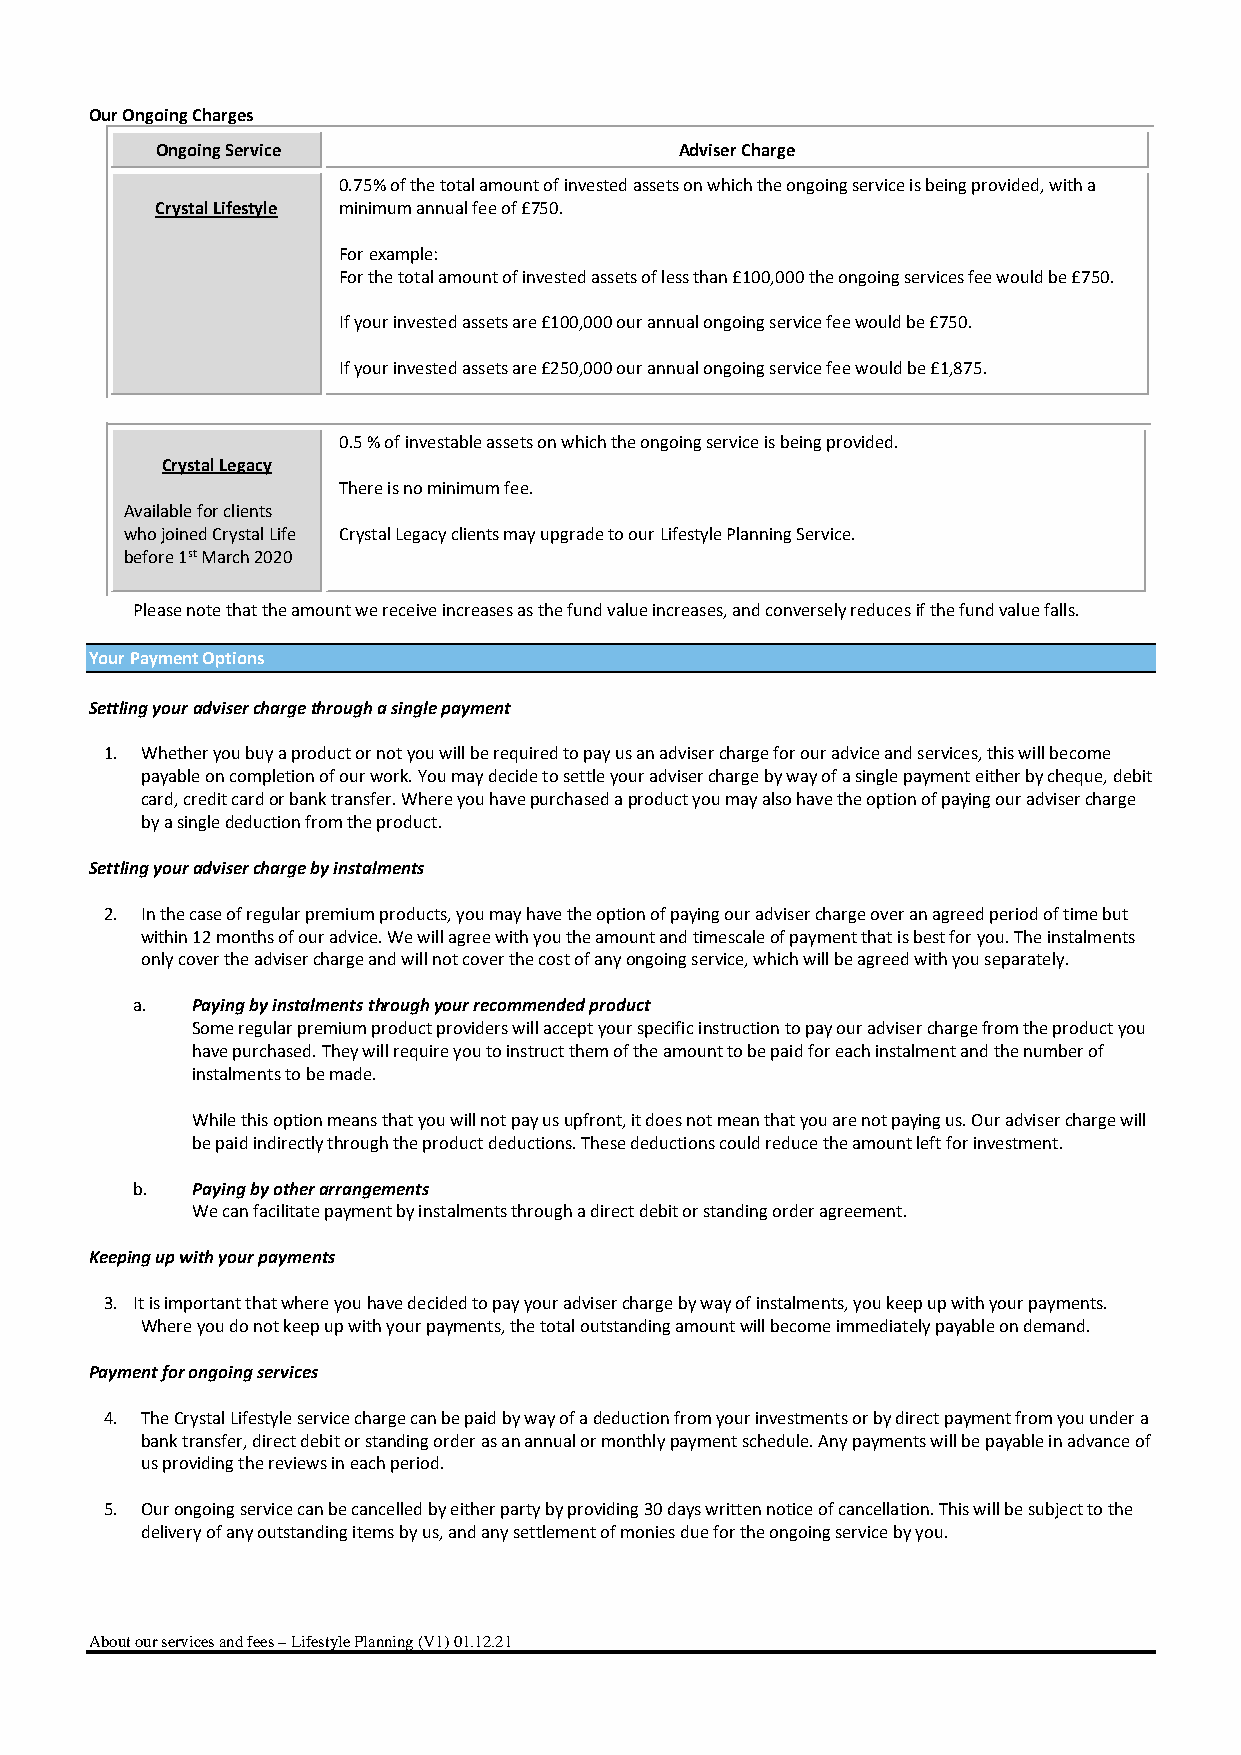
Our Ongoing Charges
 Ongoing Service                    Adviser Charge
 0.75% of the total amount of invested assets on which the ongoing service is being provided, with a
 Crystal Lifestyle minimum annual fee of £750.
 For example:
 For the total amount of invested assets of less than £100,000 the ongoing services fee would be £750.
 If your invested assets are £100,000 our annual ongoing service fee would be £750.
 If your invested assets are £250,000 our annual ongoing service fee would be £1,875.
 0.5 % of investable assets on which the ongoing service is being provided.
 Crystal Legacy
 There is no minimum fee.
 Available for clients
 who joined Crystal Life Crystal Legacy clients may upgrade to our Lifestyle Planning Service.
 before 1st March 2020
 Please note that the amount we receive increases as the fund value increases, and conversely reduces if the fund value falls.
 Your Payment Options
 Settling your adviser charge through a single payment
 1. Whether you buy a product or not you will be required to pay us an adviser charge for our advice and services, this will become
 payable on completion of our work. You may decide to settle your adviser charge by way of a single payment either by cheque, debit
 card, credit card or bank transfer. Where you have purchased a product you may also have the option of paying our adviser charge
 by a single deduction from the product.
 Settling your adviser charge by instalments
 2. In the case of regular premium products, you may have the option of paying our adviser charge over an agreed period of time but
 within 12 months of our advice. We will agree with you the amount and timescale of payment that is best for you. The instalments
 only cover the adviser charge and will not cover the cost of any ongoing service, which will be agreed with you separately.
 a.  Paying by instalments through your recommended product
 Some regular premium product providers will accept your specific instruction to pay our adviser charge from the product you
 have purchased. They will require you to instruct them of the amount to be paid for each instalment and the number of
 instalments to be made.
 While this option means that you will not pay us upfront, it does not mean that you are not paying us. Our adviser charge will
 be paid indirectly through the product deductions. These deductions could reduce the amount left for investment.
 b.  Paying by other arrangements
 We can facilitate payment by instalments through a direct debit or standing order agreement.
 Keeping up with your payments
 3. It is important that where you have decided to pay your adviser charge by way of instalments, you keep up with your payments.
 Where you do not keep up with your payments, the total outstanding amount will become immediately payable on demand.
 Payment for ongoing services
 4. The Crystal Lifestyle service charge can be paid by way of a deduction from your investments or by direct payment from you under a
 bank transfer, direct debit or standing order as an annual or monthly payment schedule. Any payments will be payable in advance of
 us providing the reviews in each period.
 5. Our ongoing service can be cancelled by either party by providing 30 days written notice of cancellation. This will be subject to the
 delivery of any outstanding items by us, and any settlement of monies due for the ongoing service by you.
 About our services and fees – Lifestyle Planning (V1) 01.12.21